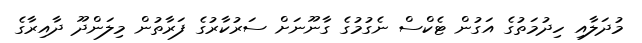
މުދަލާއި ހިދުމަތުގެ އަގުން ޓެކްސް ނެގުމުގެ ގާނޫނަށް ސަރުކާރުގެ ފަރާތުން މިލަންދޫ ދާއިރާގެ